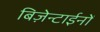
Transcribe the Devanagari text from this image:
बिज़ेन्टाईनों